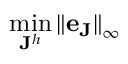
\operatorname* { m i n } _ { \mathbf { J } ^ { h } } { \| \mathbf { e } _ { \mathbf { J } } \| } _ { \infty }